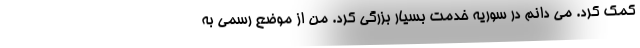
کمک کرد. می دانم در سوریه خدمت بسیار بزرگی کرد. من از موضع رسمی به